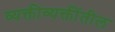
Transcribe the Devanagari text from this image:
व्यक्तीव्यक्तींतील